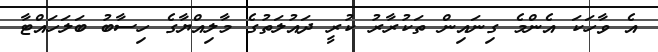
އެ ވާހަކަ އެންމެ ގިނައިން ތަކުރާރު ކުރީ ދައުލަތުގެ މާލިއްޔާގެ ހިސާބު ބަލަހައްޓާ